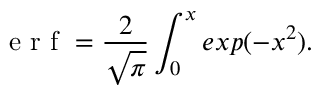
\mathrm { ~ e ~ r ~ f ~ } = \frac { 2 } { \sqrt { \pi } } \int _ { 0 } ^ { x } e x p ( - x ^ { 2 } ) .